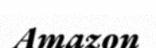
Amazon